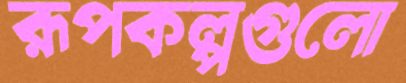
রূপকল্পগুলো